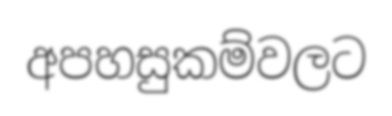
අපහසුකම්වලට